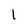
Character: 1